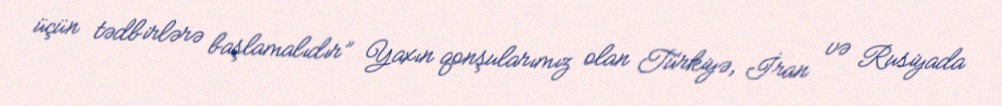
üçün tədbirlərə başlamalıdır” Yaxın qonşularımız olan Türkiyə, İran və Rusiyada